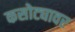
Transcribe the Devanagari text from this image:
कसोट्यावर